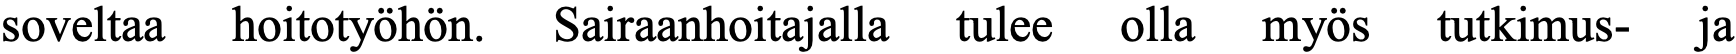
soveltaa hoitotyöhön. Sairaanhoitajalla tulee olla myös tutkimus- ja